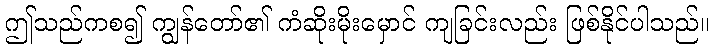
ဤသည်ကစ၍ ကျွန်တော်၏ ကံဆိုးမိုးမှောင် ကျခြင်းလည်း ဖြစ်နိုင်ပါသည်။